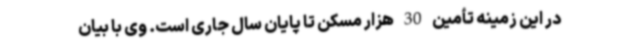
در این زمینه تأمین 30 هزار مسکن تا پایان سال جاری است. وی با بیان